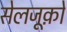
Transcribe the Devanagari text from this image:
सेलजूक़ों